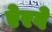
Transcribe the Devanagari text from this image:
ऐरवे